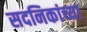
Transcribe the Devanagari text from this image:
सदनिकांच्या